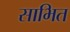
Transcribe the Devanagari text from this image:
साभित